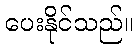
ပေးနိုင်သည်။